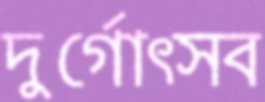
দুর্গোত্সব